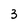
Character: 3